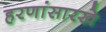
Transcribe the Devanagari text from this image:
हरणांसारखे